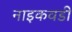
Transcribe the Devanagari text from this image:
नाइकवडी